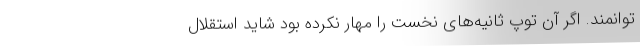
توانمند. اگر آن توپ ثانیه‌های نخست را مهار نکرده بود شاید استقلال